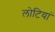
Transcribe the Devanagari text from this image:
लोटियां